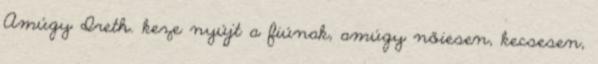
Amúgy Ireth. keze nyújt a fiúnak, amúgy nőiesen, kecsesen,